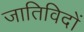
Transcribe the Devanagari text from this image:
जातिविदों